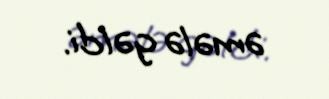
əmələ gəldi.